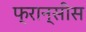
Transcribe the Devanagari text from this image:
फ्रान्सीस